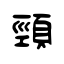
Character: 頸